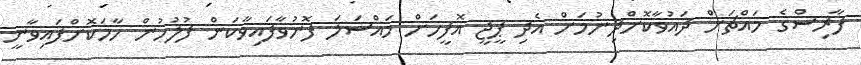
ފާރިސްގެ މައްޗަށް ދައުވާކޮށްދިނުމަށް އެދި ޕީޖީ އޮފީހަށް މައްސަލަ ފޮނުވާފައިވާކަން ފުލުހުން ހާމަކޮށްފައިވާނީ